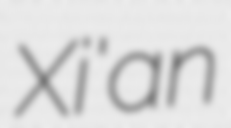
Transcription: Xi'an